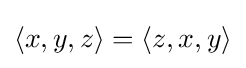
\langle x,y,z\rangle =\langle z,x,y\rangle